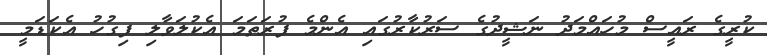
ކުރީގެ ރައީސް މުހައްމަދު ނަޝީދުގެ ސަރުކާރުގައި އެންމެ ފުރަތަމަ އެކުލަވާލި ފިގުހު އެކަޑަމީ